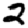
Digit: 2